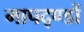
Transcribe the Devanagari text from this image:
मापद्ण्डों